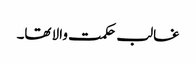
غالب حکمت والا تھا۔